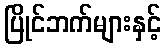
ပြိုင်ဘက်များနှင့်